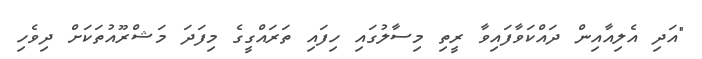
"އަދި އެލިއާއިން ދައްކަވާފައިވާ ރީތި މިސާލުގައި ހިފައި ތަރައްގީގެ މިފަދަ މަޝްރޫއުތަކަށް ދިވެހި